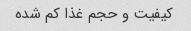
کیفیت و حجم غذا کم شده